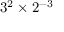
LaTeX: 3 ^ { 2 } \times 2 ^ { - 3 }